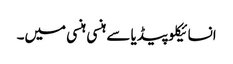
انسائیکلو پیڈیا سے	ہنسی ہنسی میں۔